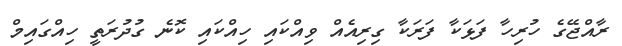
ރާއްޖޭގެ ހުރިހާ ފަޅަކާ ފަރަކާ ގިރިއެއް ވިއްކައި ހިއްކައި ކޮނެ ގުދުރަތީ ހިއްގައިމް